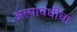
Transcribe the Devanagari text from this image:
अल्पावधीचा